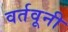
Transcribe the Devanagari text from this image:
वर्तवूनी